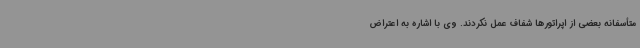
متأسفانه بعضی از اپراتورها شفاف عمل نکردند. وی با اشاره به اعتراض